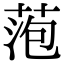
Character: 萢